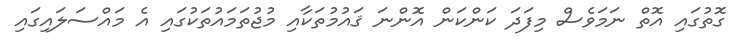
ގޮތުގައި އޮތް ނަމަވެސް މިފަދަ ކަންކަން އޮންނަ ޤައުމުތަކާއި މުޖުތަމައުތަކުގައި އެ މައްސަލައިގައި